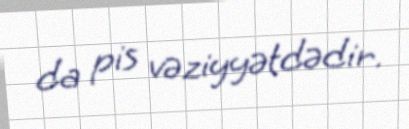
da pis vəziyyətdədir.